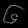
Digit: ၆